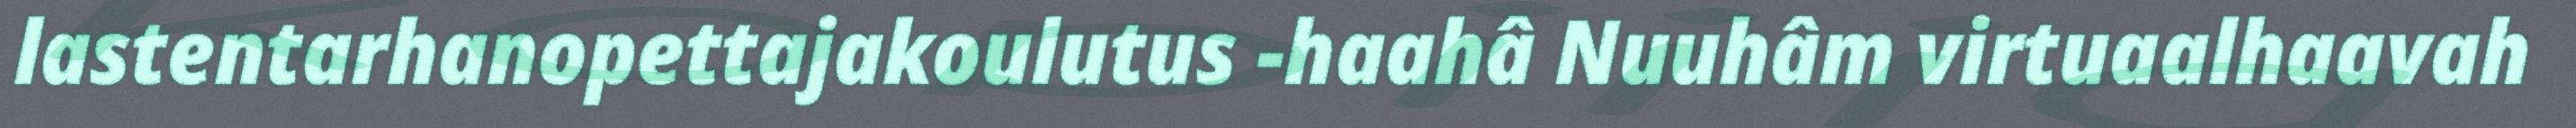
lastentarhanopettajakoulutus -haahâ Nuuhâm virtuaalhaavah